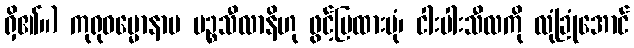
ရှိ၏။) ကုရုဓမ္မောနာမ ပဉ္စသီလာနိဟု ဖွင့်ပြထားပုံ၊ ငါးပါးသီလကို လုံခြုံအောင်